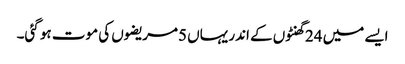
ایسے میں 24 گھنٹوں کے اندر یہاں 5مریضوں کی موت ہو گئی۔